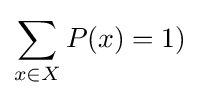
\displaystyle \sum _{x\in X}P(x)=1)